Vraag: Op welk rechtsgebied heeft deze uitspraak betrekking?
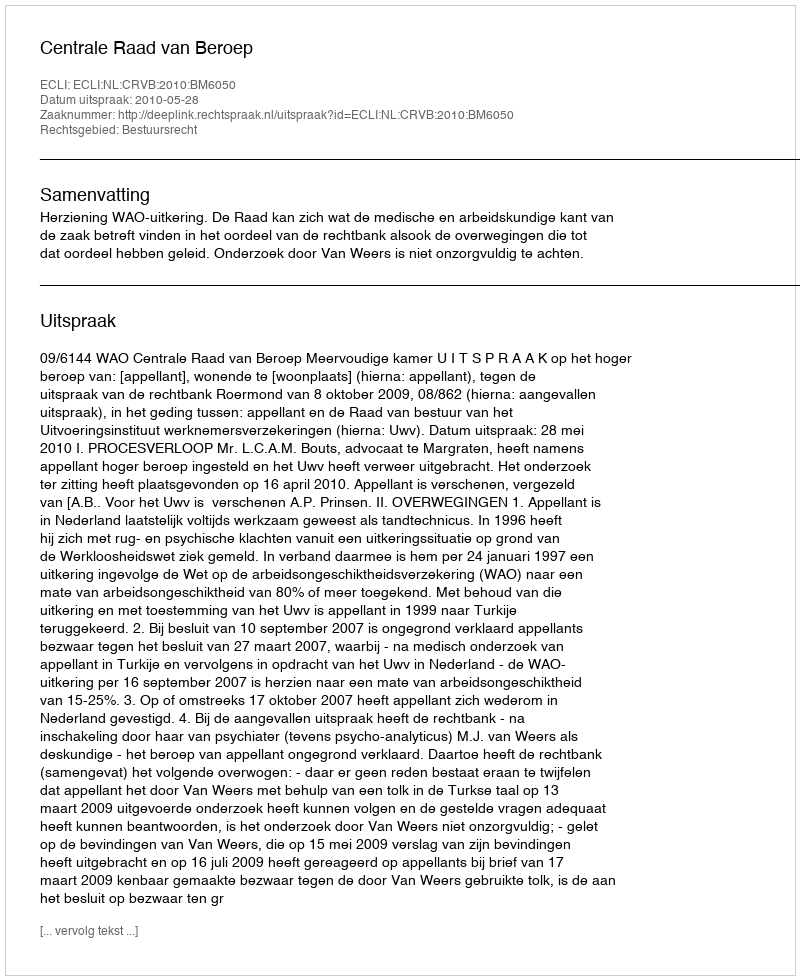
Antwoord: Bestuursrecht